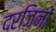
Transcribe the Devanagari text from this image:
दरजिनों